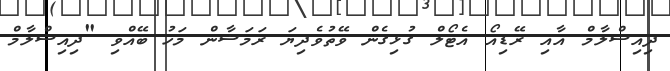
ދިއިސްލާމް އާއި ރޭޑިއޯ އެޓޯލް ގުޅިގެން ވޭތުވެދިޔަ ރަމަޟާން މަހު ބޭއްވި "ދިއިސްލާމް